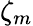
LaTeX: \zeta_{m}